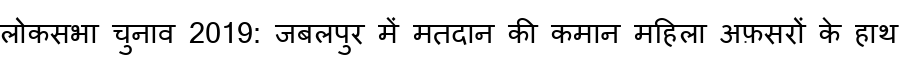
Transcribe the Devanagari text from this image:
लोकसभा चुनाव 2019: जबलपुर में मतदान की कमान महिला अफ़सरों के हाथ